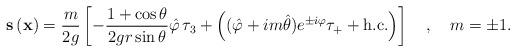
LaTeX: \begin{align*}{\bf s} \left({\bf x}\right) = \frac{m}{2g} \left[-\frac{1+ \cos\theta}{2g r \sin\theta}\hat{\varphi}\,\tau_{3}+\left((\hat{\varphi}+i m\hat{\theta})e^{\pm i\varphi}\tau_{+}+\mbox{h.c.}\right)\right] \quad , \quad m=\pm 1. \end{align*}